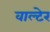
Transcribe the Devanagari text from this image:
वाल्टेर